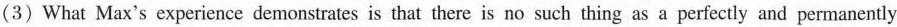
(3) What Max's experience demonstrates is that there is no such thing as a perfectly and permanently